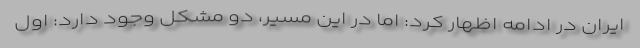
ایران در ادامه اظهار کرد: اما در این مسیر، دو مشکل وجود دارد: اول